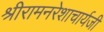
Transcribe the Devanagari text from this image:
श्रीरामनरेशाचार्यजी